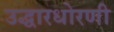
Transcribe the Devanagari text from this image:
उद्धारधोरणी